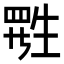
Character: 𬎷